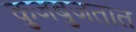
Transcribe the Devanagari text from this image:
कुजबुजतात